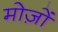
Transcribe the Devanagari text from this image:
मोज़ों